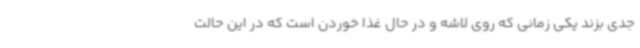
جدی بزند یکی زمانی که روی لاشه و در حال غذا خوردن است که در این حالت